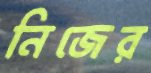
নিজের